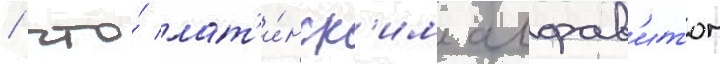
/ что́ лат'и́нск'им алфав'итом